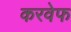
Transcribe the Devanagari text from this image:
करवेफ